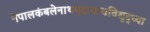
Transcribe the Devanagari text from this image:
नेपालकंबलेनाथमृदाचाथविशुद्ध्या